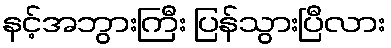
နင့်အဘွားကြီး ပြန်သွားပြီလား